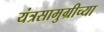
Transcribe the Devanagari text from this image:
यंत्रसामुग्रीच्या